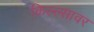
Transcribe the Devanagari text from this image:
किल्ल्सावर